Annual report on the working of the lock hospitals in the North-Western Provinces and Oudh
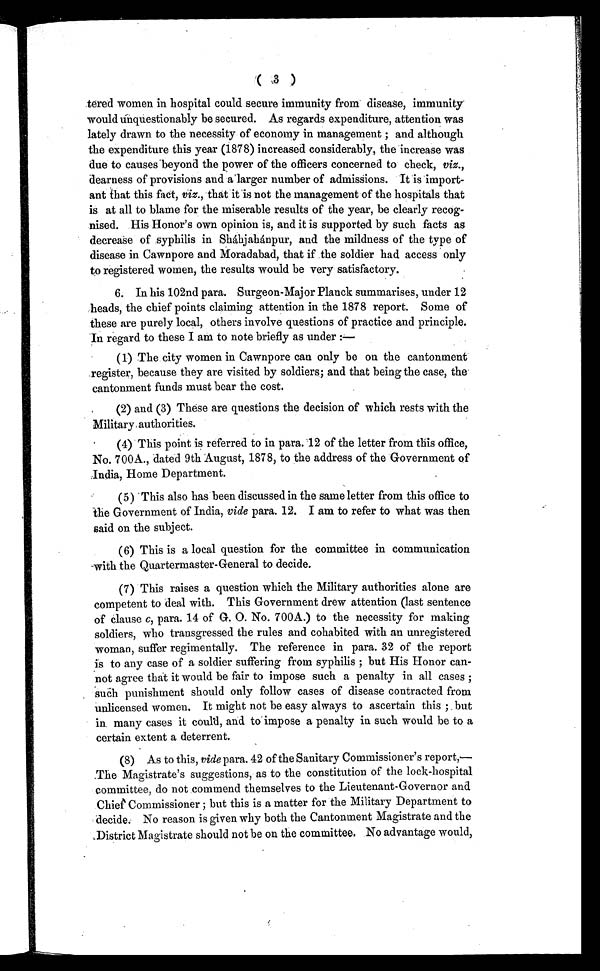
( 3 )
tered women in hospital could secure immunity from disease, immunity
would unquestionably be secured. As regards expenditure, attention was
lately drawn to the necessity of economy in management ; and although
the expenditure this year (1878) increased considerably, the increase was
due to causes beyond the power of the officers concerned to check, viz.,
dearness of provisions and a larger number of admissions. It is import
ant that this fact, viz., that it is not the management of the hospitals that
is at all to blame for the miserable results of the year, be clearly recog
nised. His Honor's own opinion is, and it is supported by such facts as
decrease of syphilis in Sháhjahánpur, and the mildness of the type of
disease in Cawnpore and Moradabad, that if the soldier had access only
to registered women, the results would be very satisfactory.
6. In his 102nd para. Surgeon-Major Planck summarises, under 12
heads, the chief points claiming attention in the 1878 report. Some of
these are purely local, others involve questions of practice and principle.
In regard to these I am to note briefly as under :—
(1) The city women in Cawnpore can only be on the cantonment
register, because they are visited by soldiers; and that being the case, the
cantonment funds must bear the cost.
(2) and (3) These are questions the decision of which rests with the
Military authorities.
(4) This point is referred to in para.12 of the letter from this office,
No. 700A., dated 9th August, 1878, to the address of the Government of
India, Home Department.
(5) This also has been discussed in the same letter from this office to
the Government of India, vide para. 12. I am to refer to what was then
said on the subject.
(6) This is a local question for the committee in communication
with the Quartermaster-General to decide.
(7) This raises a question which the Military authorities alone are
competent to deal with. This Government drew attention (last sentence
of clause c, para. 14 of G. 0. No. 700A.) to the necessity for making
soldiers, who transgressed the rules and cohabited with an unregistered
woman, suffer regimentally. The reference in para. 32 of the report
is to any case of a soldier suffering from syphilis ; but His Honor can
not agree that it would be fair to impose such a penalty in all cases ;
such punishment should only follow cases of disease contracted from
unlicensed women. It might not be easy always to ascertain this ; but
in many cases it could, and to impose a penalty in such would be to a
certain extent a deterrent.
(8) As to this, vide para. 42 of the Sanitary Commissioner's report,—
The Magistrate's suggestions, as to the constitution of the lock-hospital
committee, do not commend themselves to the Lieutenant-Governor and
Chief Commissioner ; but this is a matter for the Military Department to
decide. No reason is given why both the Cantonment Magistrate and the
District Magistrate should not be on the committee. No advantage would,